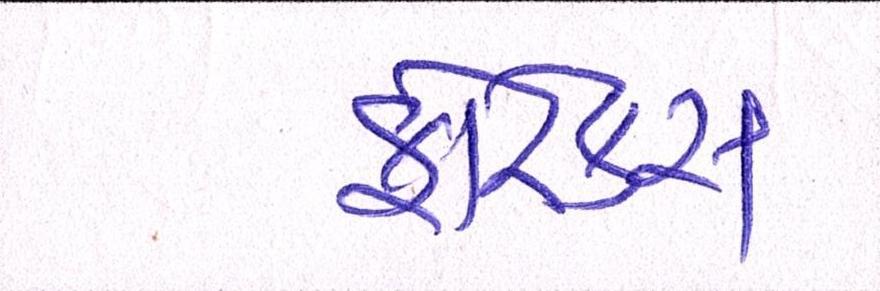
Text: ફોરેક્સ